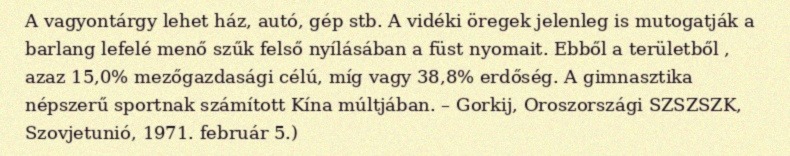
A vagyontárgy lehet ház, autó, gép stb. A vidéki öregek jelenleg is mutogatják a barlang lefelé menő szűk felső nyílásában a füst nyomait. Ebből a területből , azaz 15,0% mezőgazdasági célú, míg vagy 38,8% erdőség. A gimnasztika népszerű sportnak számított Kína múltjában. – Gorkij, Oroszországi SZSZSZK, Szovjetunió, 1971. február 5.)